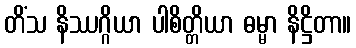
တိံသ နိဿဂ္ဂိယာ ပါစိတ္တိယာ ဓမ္မာ နိဋ္ဌိတာ။